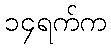
၁၄ရက်က